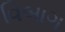
વિબાગ